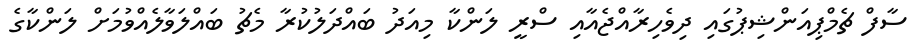
ސާފް ޗެމްޕިއަންޝިޕުގައި ދިވެހިރާއްޖެއާއި ސްރީ ލަންކާ މިއަދު ބައްދަލުކުރާ މެޗު ބައްލަވާލެއްވުމަށް ލަންކާގެ